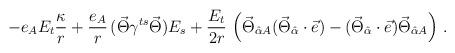
LaTeX: \begin{align*}- e_A E_t \frac{\kappa}{r} + \frac{e_A}{r} \, (\vec{\Theta} \gamma^{ts} \vec{\Theta} ) E_s + \frac{E_t}{2r} \, \left( \vec{\Theta}_{\hat{\alpha}A } ( \vec{\Theta}_{\hat{\alpha}} \cdot \vec{e} ) -( \vec{\Theta}_{\hat{\alpha}} \cdot \vec{ e} ) \vec{\Theta}_{\hat{\alpha} A} \right) \, . \end{align*}